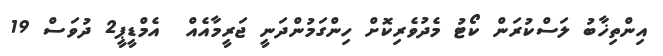
އިންތިޚާބު ލަސްކުރަން ކޯޓު މެދުވެރިކޮށް ހިންގަމުންދަނީ ޖަރީމާއެއް  އެމްޑީޕީ2 ދުވަސް 19